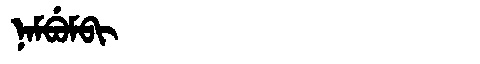
Manchu: ᠨᠠᠮᠪᡠᠮᠪᡳ
Romanization: NAMBUMBI